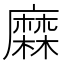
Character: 𪎦